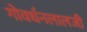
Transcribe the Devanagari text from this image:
गोवर्धनलालजी